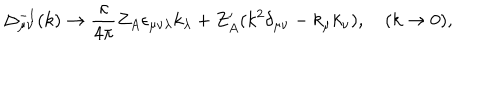
LaTeX: \Delta _ { \mu \nu } ^ { - 1 } ( k ) \to \frac { \kappa } { 4 \pi } Z _ { A } \epsilon _ { \mu \nu \lambda } k _ { \lambda } + Z _ { A } ^ { \prime } ( k ^ { 2 } \delta _ { \mu \nu } - k _ { \mu } k _ { \nu } ) , \quad ( k \to 0 ) ,